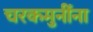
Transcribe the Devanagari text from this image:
चरकमुनींना